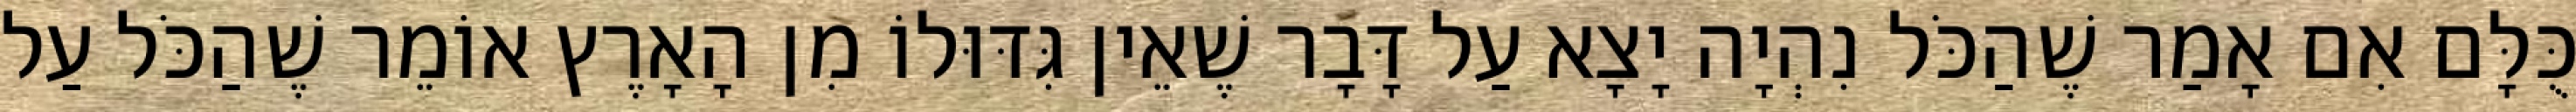
כֻּלָּם אִם אָמַר שֶׁהַכֹּל נִהְיָה יָצָא עַל דָּבָר שֶׁאֵין גִּדּוּלוֹ מִן הָאָרֶץ אוֹמֵר שֶׁהַכֹּל עַל